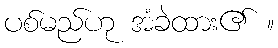
ပစ်မည်ဟု အံခဲထား၏ ။